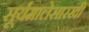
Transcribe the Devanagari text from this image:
सूर्यमालेसारखी